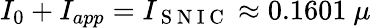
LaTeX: I_{0}+I_{app}=I_{\mathrm{~S~N~I~C~}}\approx 0.1601~\mu